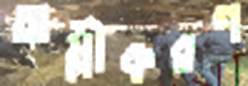
অম্লীকরণ